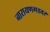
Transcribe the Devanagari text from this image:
नारायणगडवर